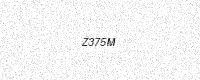
Text: Z375M